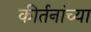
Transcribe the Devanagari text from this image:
कीर्तनांच्या